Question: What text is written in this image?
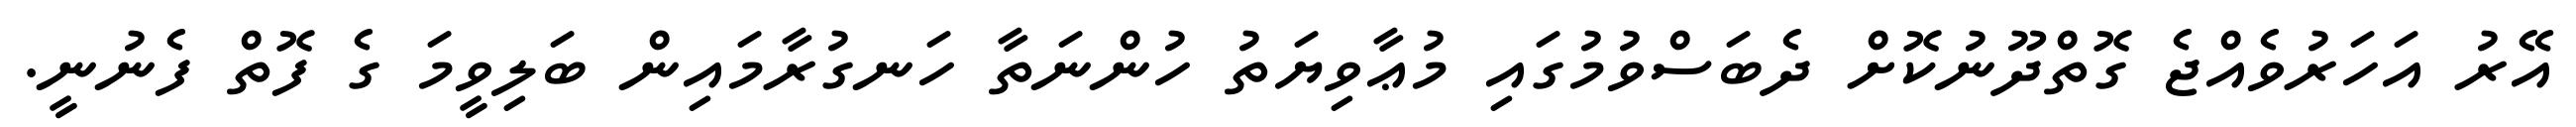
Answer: އޭރު އަހަރުވެއްޖެ ގޮތްދޫނުކޮށް ދެބަސްވުމުގައި މުޢާވިޔަތު ހުންނަތާ ހަނގުރާމައިން ބަލިވީމަ ގެ ފޮތް ފެނުނީ.